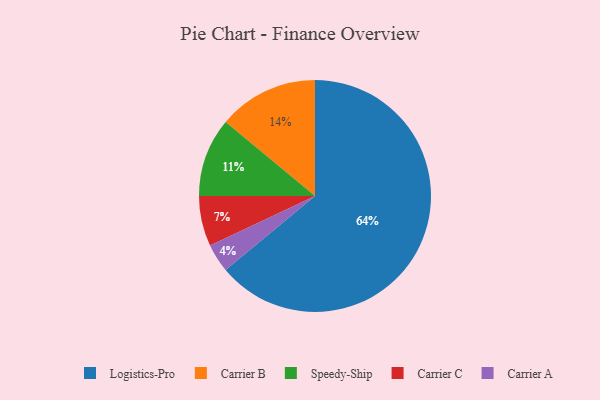
{"axis": {"x": "Category", "y": "Percentage"}, "legend": ["Carrier A", "Carrier B", "Carrier C", "Logistics-Pro", "Speedy-Ship"], "data": [{"x": "Carrier A", "y": 4, "type": "Carrier A"}, {"x": "Carrier C", "y": 7, "type": "Carrier C"}, {"x": "Logistics-Pro", "y": 64, "type": "Logistics-Pro"}, {"x": "Speedy-Ship", "y": 11, "type": "Speedy-Ship"}, {"x": "Carrier B", "y": 14, "type": "Carrier B"}]}